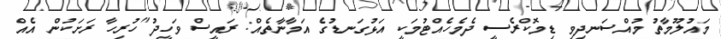
މައުލޫމާތު މުއްސަނދިވި ޑިމޮކްރެސީ ދެމެހެއްޓުމަކީ އަޅުގަނޑުގެ އަމާނާތެއް: ރައީސް ވަހީދު"ހުރިހާ ރަށަކުން އެއް